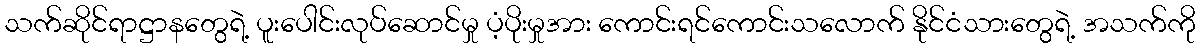
သက်ဆိုင်ရာဋ္ဌာနတွေရဲ့ ပူးပေါင်းလုပ်ဆောင်မှု ပံ့ပိုးမှုအား ကောင်းရင်ကောင်းသလောက် နိုင်ငံသားတွေရဲ့ အသက်ကို